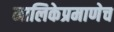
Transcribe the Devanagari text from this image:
मालिकेप्रमाणेच